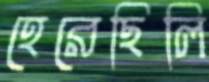
হেরেছিলি